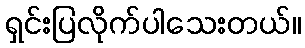
ရှင်းပြလိုက်ပါသေးတယ်။